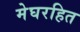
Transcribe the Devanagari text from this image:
मेघरहित